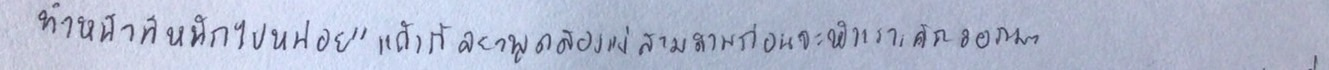
ทำหน้าที่หนักไปหน่อย"แก้วกัลยาพูดสองแง่สามง่ามก่อนจะหัวเราะคิกออกมา